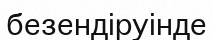
безендіруінде